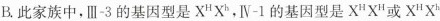
B.此家族中，Ⅲ-3的基因型是X^{H}X^{b}，Ⅳ-1的基因型是X^{H}X^{H}或X^{H}X^{h}